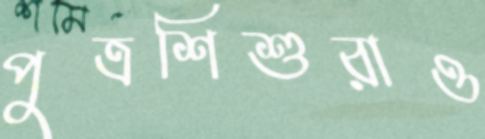
পুত্রশিশুরাও